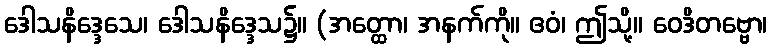
ဒေါသနိဒ္ဒေသေ၊ ဒေါသနိဒ္ဒေသ၌။ (အတ္ထော၊ အနက်ကို။ ဧဝံ၊ ဤသို့။ ဝေဒိတဗ္ဗော၊